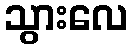
သွားလေ